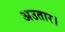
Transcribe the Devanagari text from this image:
अउतार।